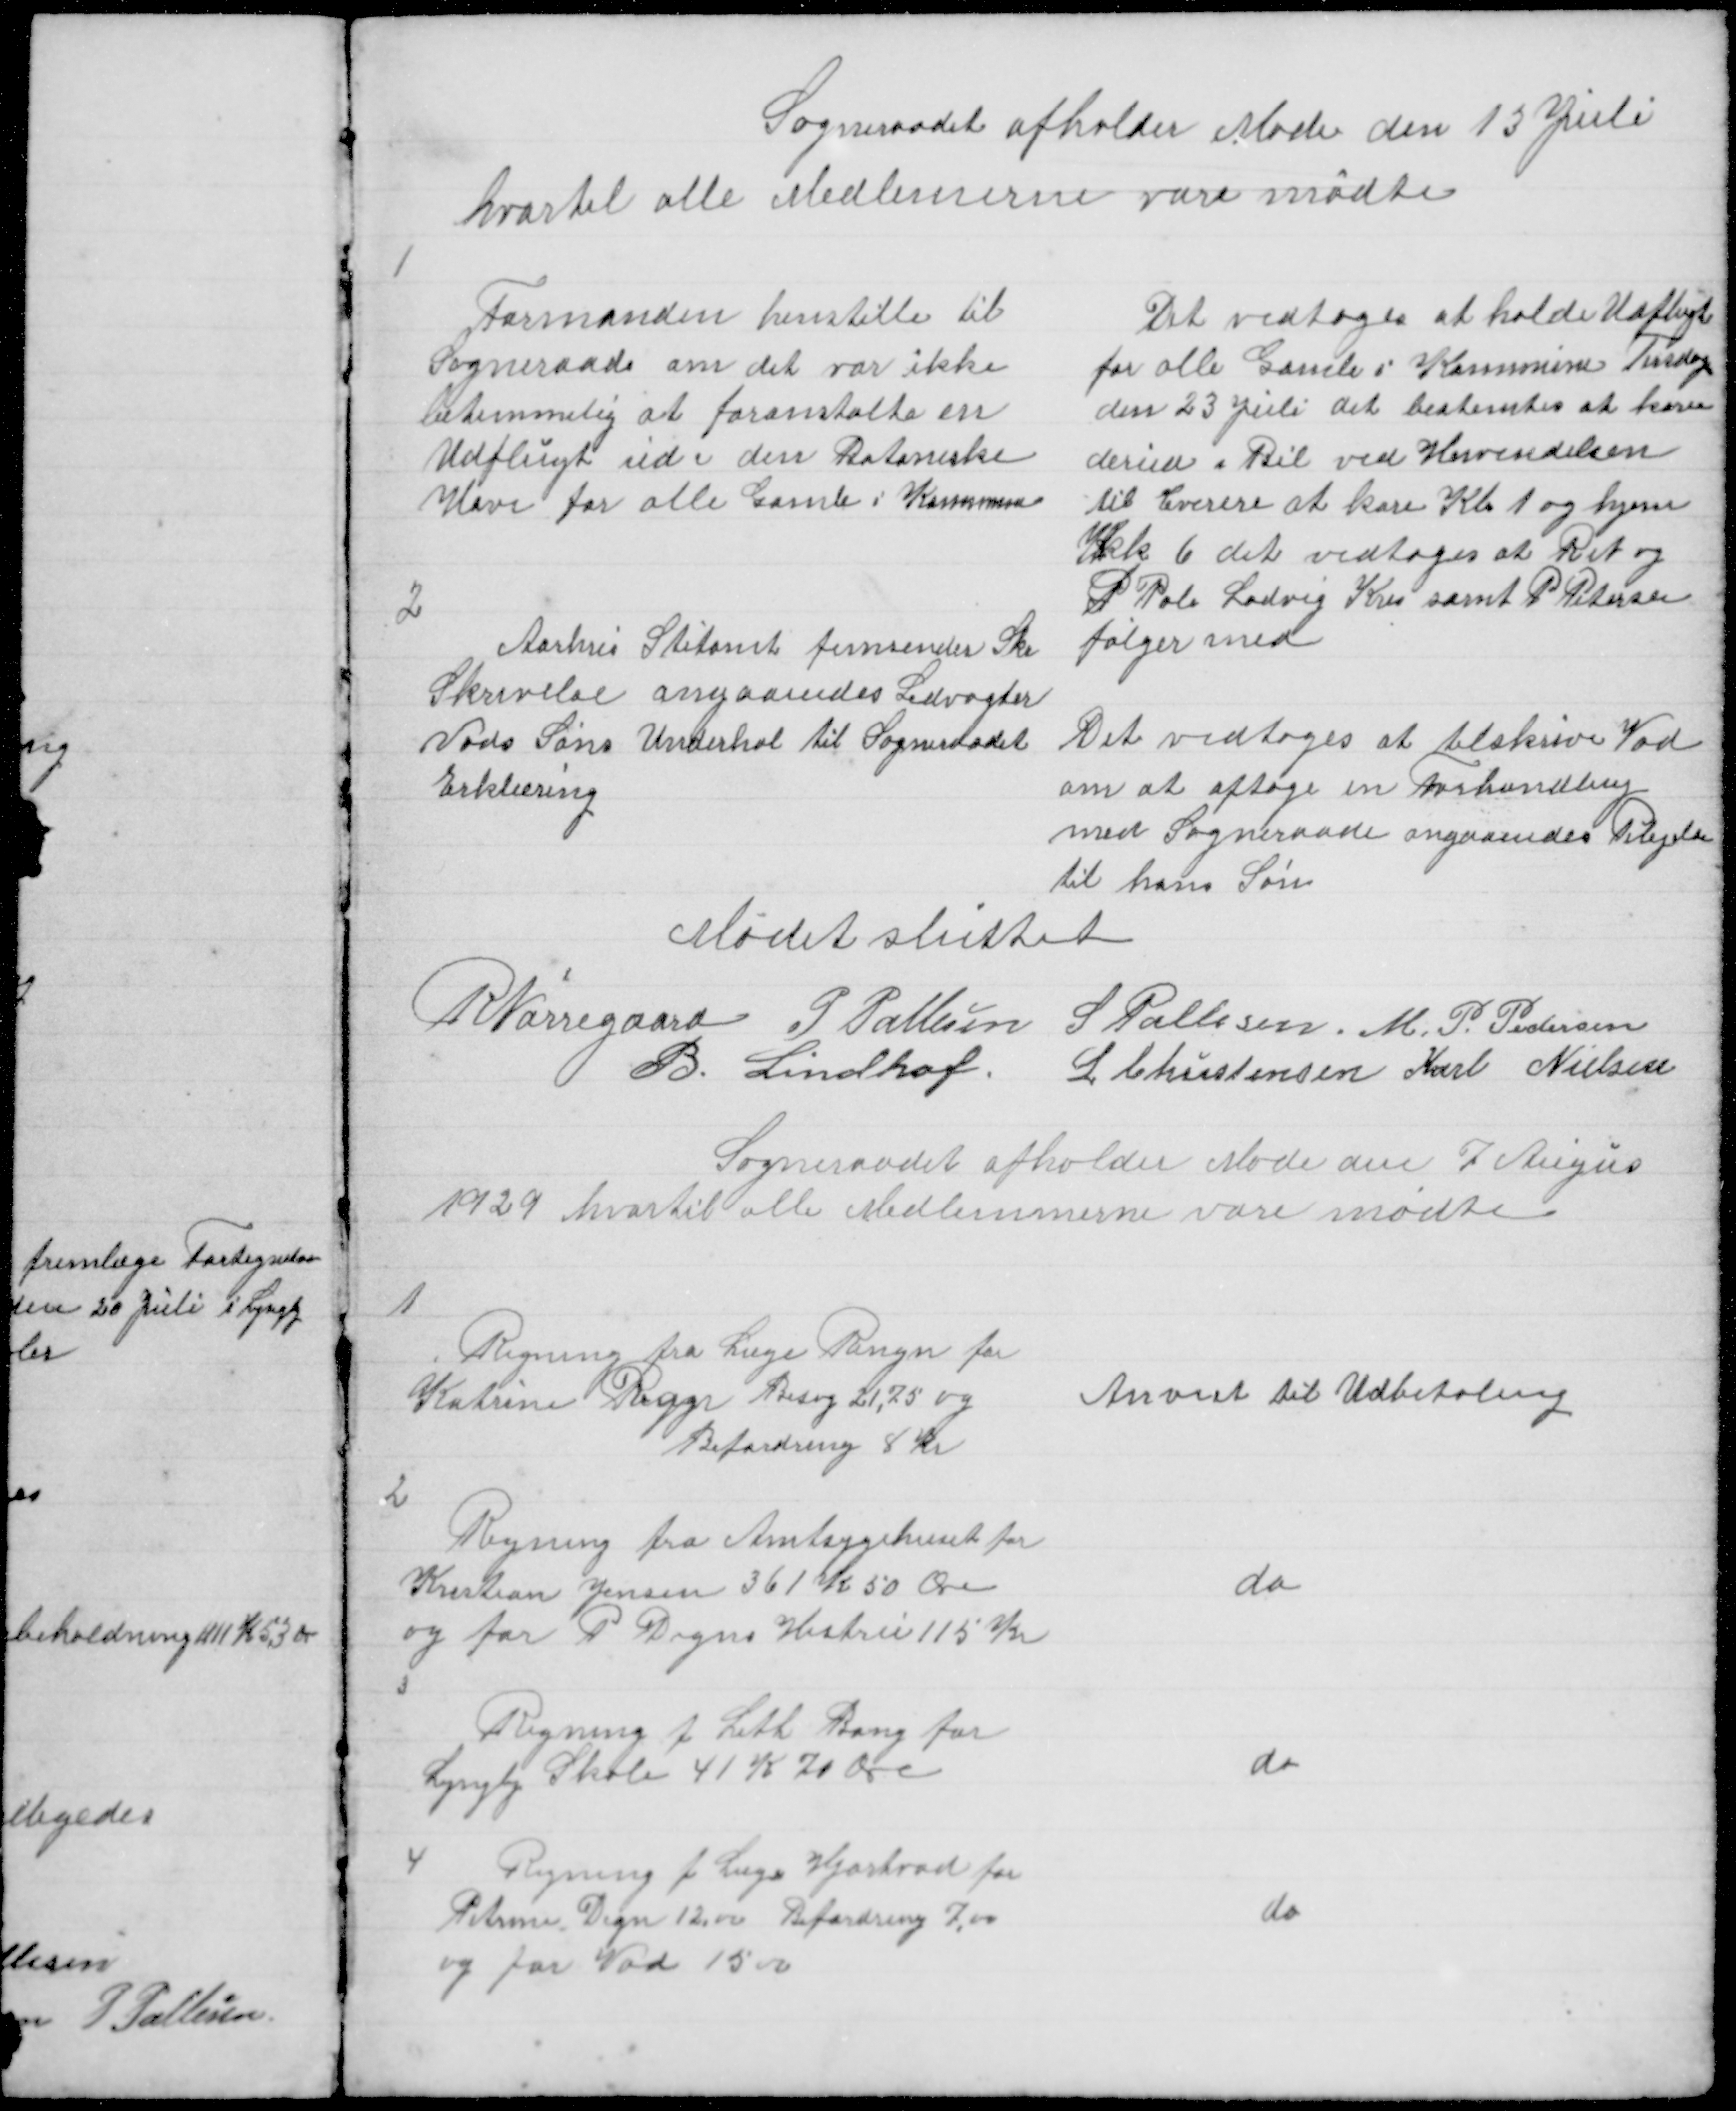
Transskription:
Sogneraadet afholder Møde den 13 Juli
hvortil alle Medlemerne vare mødte

1

Formanden henstille til
Sogneraad om det var ikke
betimmelig at foranstalte en
Udflugt ud i den Botaniske
Have for alle Gamle i Kommunen

Det vedtoges at holde Udflugt
for alle Gamle i Kommune Tirsdag
den 23 Juli det bestemtes at kører
derud i Bil ved Henvendelsen
til rere at køre Kl 1 og hjem
Kk 6 det vedtoges at R N og
P  Pale Lodvig Kris samt P Petersen
følger med

2

Aarhus Stiftamt fremsender Ske
Skrivelse angaaendes Ledvogter
Vads Søns Underhol til Sogneraadet
Erklæring

Det vedtoges at tilskrive Vad
om at optage en Forhandling
med Sogneraade angaaendes Plejeløn
til hans Søn

Mødet sluttet
R Nørregaard P Pallesen S Pallesen M P Pedersen
B. Lindhof L Christensen Karl Nielsen

Sogneraadet afholder Møde den 7 Augus
1929 hvortil alle Medlemmerne vare mødte

1

Regning fra Læge Rengn for
Katrine Degn Besøg 21,75 og
Befordring 8 Kr

Anvist til Udbetaling

2

Regning fra Amtsygehuset for
Kristian Jensen 361 K 50 Øre
og for P Degns Hustru 115 Kr

do

3

Regning fra Leth Bang for
Lyngby Skole 41 K 70 Øre

do

4

Regning f Læge Hjortvad for
Petrine Degn 12,00 Befordring 7,00
og for Vad 15,00

do